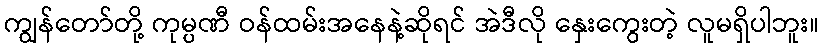
ကျွန်တော်တို့ ကုမ္ပဏီ ဝန်ထမ်းအနေနဲ့ဆိုရင် အဲဒီလို နှေးကွေးတဲ့ လူမရှိပါဘူး။